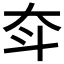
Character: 𡗴